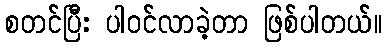
စတင်ပြီး ပါဝင်လာခဲ့တာ ဖြစ်ပါတယ်။